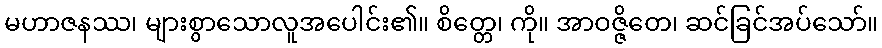
မဟာဇနဿ၊ များစွာသောလူအပေါင်း၏။ စိတ္တေ၊ ကို။ အာဝဇ္ဇိတေ၊ ဆင်ခြင်အပ်သော်။